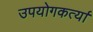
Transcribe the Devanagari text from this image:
उपयोगकर्त्या